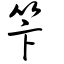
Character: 笇